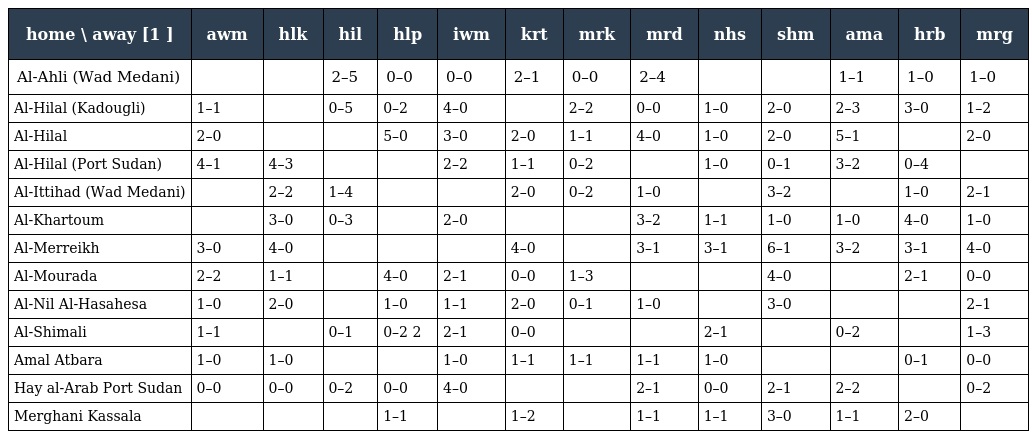
| home \ away [1 ] | awm | hlk | hil | hlp | iwm | krt | mrk | mrd | nhs | shm | ama | hrb | mrg |
 | --- | --- | --- | --- | --- | --- | --- | --- | --- | --- | --- | --- | --- | --- |
 | Al-Ahli (Wad Medani) |  |  | 2–5 | 0–0 | 0–0 | 2–1 | 0–0 | 2–4 |  |  | 1–1 | 1–0 | 1–0 |
 | Al-Hilal (Kadougli) | 1–1 |  | 0–5 | 0–2 | 4–0 |  | 2–2 | 0–0 | 1–0 | 2–0 | 2–3 | 3–0 | 1–2 |
 | Al-Hilal | 2–0 |  |  | 5–0 | 3–0 | 2–0 | 1–1 | 4–0 | 1–0 | 2–0 | 5–1 |  | 2–0 |
 | Al-Hilal (Port Sudan) | 4–1 | 4–3 |  |  | 2–2 | 1–1 | 0–2 |  | 1–0 | 0–1 | 3–2 | 0–4 |  |
 | Al-Ittihad (Wad Medani) |  | 2–2 | 1–4 |  |  | 2–0 | 0–2 | 1–0 |  | 3–2 |  | 1–0 | 2–1 |
 | Al-Khartoum |  | 3–0 | 0–3 |  | 2–0 |  |  | 3–2 | 1–1 | 1–0 | 1–0 | 4–0 | 1–0 |
 | Al-Merreikh | 3–0 | 4–0 |  |  |  | 4–0 |  | 3–1 | 3–1 | 6–1 | 3–2 | 3–1 | 4–0 |
 | Al-Mourada | 2–2 | 1–1 |  | 4–0 | 2–1 | 0–0 | 1–3 |  |  | 4–0 |  | 2–1 | 0–0 |
 | Al-Nil Al-Hasahesa | 1–0 | 2–0 |  | 1–0 | 1–1 | 2–0 | 0–1 | 1–0 |  | 3–0 |  |  | 2–1 |
 | Al-Shimali | 1–1 |  | 0–1 | 0–2 2 | 2–1 | 0–0 |  |  | 2–1 |  | 0–2 |  | 1–3 |
 | Amal Atbara | 1–0 | 1–0 |  |  | 1–0 | 1–1 | 1–1 | 1–1 | 1–0 |  |  | 0–1 | 0–0 |
 | Hay al-Arab Port Sudan | 0–0 | 0–0 | 0–2 | 0–0 | 4–0 |  |  | 2–1 | 0–0 | 2–1 | 2–2 |  | 0–2 |
 | Merghani Kassala |  |  |  | 1–1 |  | 1–2 |  | 1–1 | 1–1 | 3–0 | 1–1 | 2–0 |  |